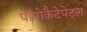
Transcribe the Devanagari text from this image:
पॉपोकैटेपेट्ल